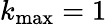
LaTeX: k_{\operatorname*{max}}=1